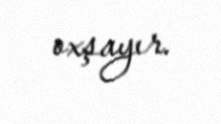
oxşayır.